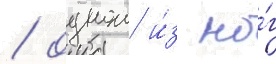
/ однои и́з но́г